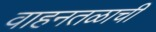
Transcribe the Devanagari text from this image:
वाहनतळाची